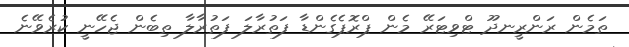
ތަމެން ރަންރީނދޫ ޓްވިޓަރޭ މެން ޕްރޮޕެގެންޑާ ފަތުރާލަ ފަތުރާލާ ތިބެން ޖެހޭނީ ކުރެވޭނެ